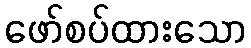
ဖော်စပ်ထားသော